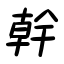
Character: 幹